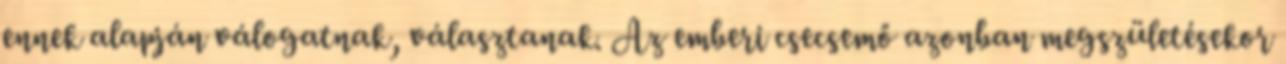
ennek alapján válogatnak, választanak. Az emberi csecsemő azonban megszületésekor